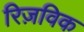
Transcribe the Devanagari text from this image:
रिज़विक